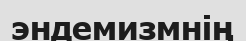
эндемизмнің